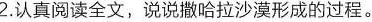
2.认真阅读全文，说说撒哈拉沙漠形成的过程。